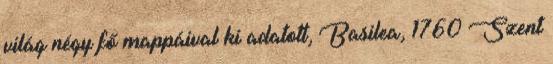
világ négy fő mappáival ki adatott, Basilea, 1760 Szent